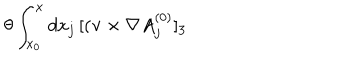
\theta \int _ { x _ { 0 } } ^ { x } d x _ { j } \, [ ( { \bf v } \times \nabla A _ { j } ^ { ( 0 ) } ] _ { 3 }